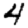
Digit: 4